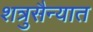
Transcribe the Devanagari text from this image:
शत्रुसैन्यात